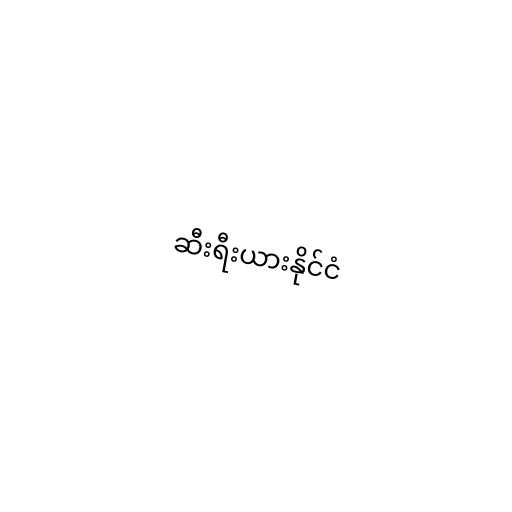
ဆီးရီးယားနိုင်ငံ